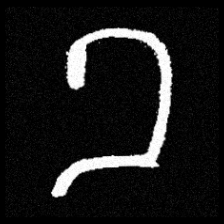
Pyu character \u2014 Myanmar letter: ခ (romanized: kha)